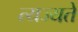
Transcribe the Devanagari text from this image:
त्यज्यते